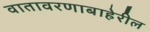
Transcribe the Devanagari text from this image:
वातावरणाबाहेरील